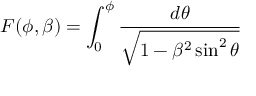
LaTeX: F ( \phi , \beta ) = \int _ { 0 } ^ { \phi } \frac { d \theta } { \sqrt { 1 - \beta ^ { 2 } \sin ^ { 2 } \theta } }